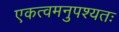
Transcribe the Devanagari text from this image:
एकत्वमनुपश्यतः